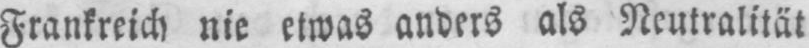
Frankreich nie etwas anders als Neutralität